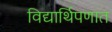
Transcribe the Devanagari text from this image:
विद्यार्थिपणात